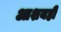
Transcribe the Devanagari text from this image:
आशयही